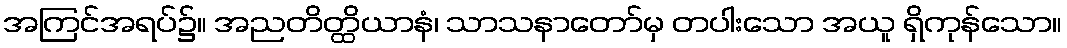
အကြင်အရပ်၌။ အညတိတ္ထိယာနံ၊ သာသနာတော်မှ တပါးသော အယူ ရှိကုန်သော။